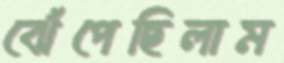
ঝেঁপেছিলাম